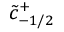
\tilde { c } _ { - 1 / 2 } ^ { + }